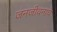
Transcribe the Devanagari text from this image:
जनजीवनाचे